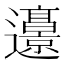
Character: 𰻜